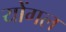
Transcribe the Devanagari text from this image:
योंगल